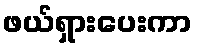
ဖယ်ရှားပေးကာ